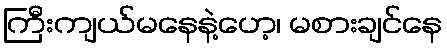
ကြီးကျယ်မနေနဲ့ဟေ့၊ မစားချင်နေ